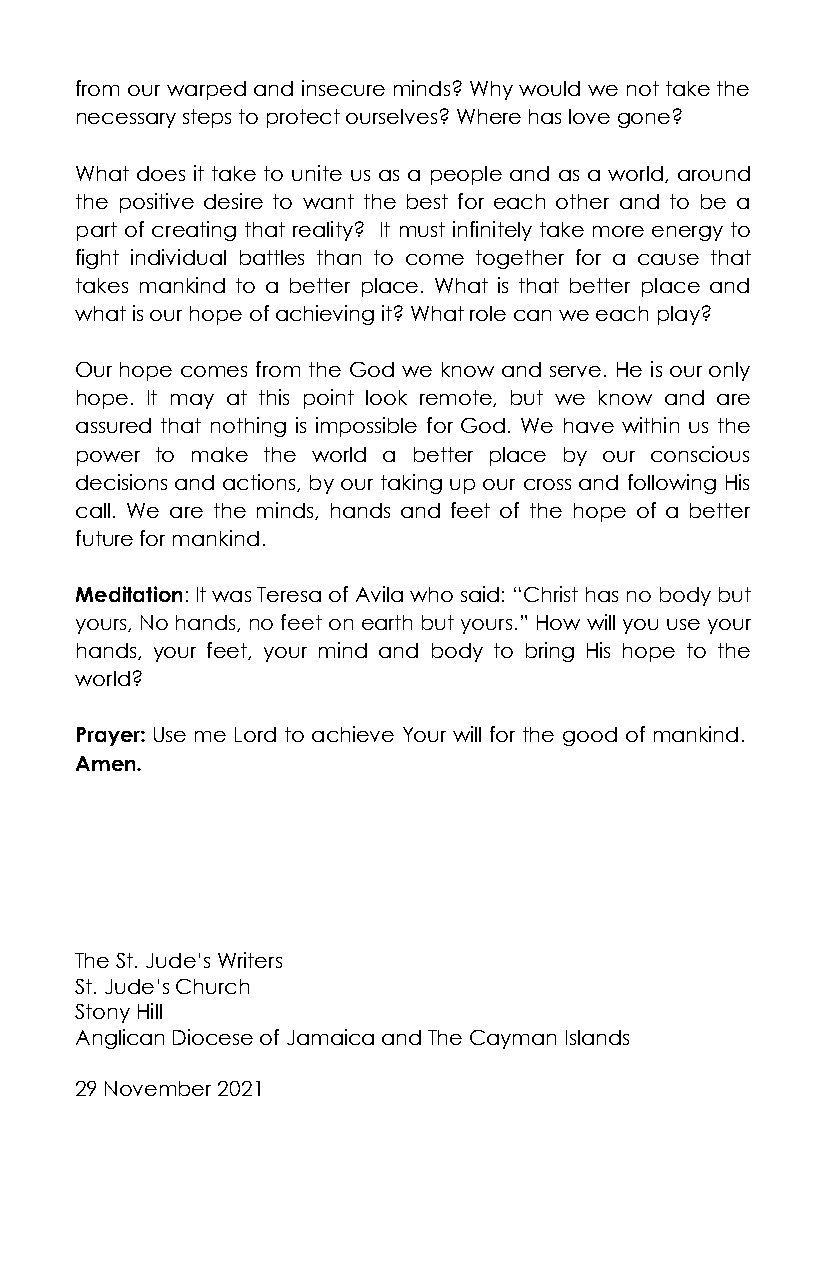
from our warped and insecure minds? Why would we not take the
 necessary steps to protect ourselves? Where has love gone?
 What does it take to unite us as a people and as a world, around
 the positive desire to want the best for each other and to be a
 part of creating that reality? It must infinitely take more energy to
 fight individual battles than to come together for a cause that
 takes mankind to a better place. What is that better place and
 what is our hope of achieving it? What role can we each play?
 Our hope comes from the God we know and serve. He is our only
 hope. It may at this point look remote, but we know and are
 assured that nothing is impossible for God. We have within us the
 power to make the world a better place by our conscious
 decisions and actions, by our taking up our cross and following His
 call. We are the minds, hands and feet of the hope of a better
 future for mankind.
 Meditation: It was Teresa of Avila who said: “Christ has no body but
 yours, No hands, no feet on earth but yours.” How will you use your
 hands, your feet, your mind and body to bring His hope to the
 world?
 Prayer: Use me Lord to achieve Your will for the good of mankind.
 Amen.
 The St. Jude’s Writers
 St. Jude’s Church
 Stony Hill
 Anglican Diocese of Jamaica and The Cayman Islands
 29 November 2021